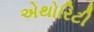
એથોરિટી